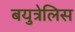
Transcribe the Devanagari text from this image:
बयुत्रेलिस